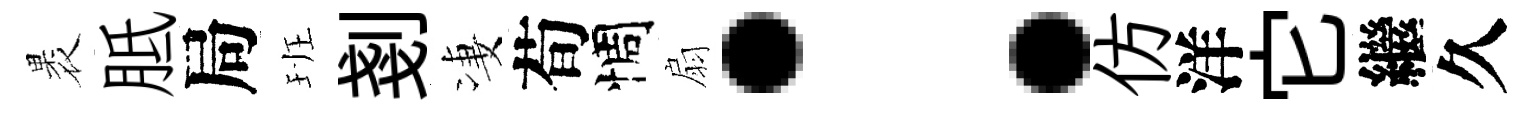
褁胝局班剗凄荀惆扇：仿洋它繼久